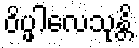
ဝိပ္ဖါလေသုန္တိ